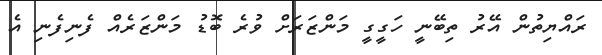
ރައްޔިތުން އޭރު ތިބޭނީ ހަގީގީ މަންޒަރަށް ވުރެ ބޮޑު މަންޒަރެއް ފެނިފެނި އެ